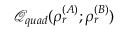
\mathcal { Q } _ { q u a d } ( \rho _ { r } ^ { ( A ) } ; \rho _ { r } ^ { ( B ) } )